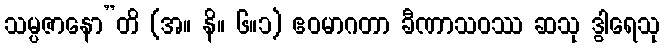
သမ္ပဇာနော”တိ (အ။ နိ။ ၆။၁) ဧဝမာဂတာ ခီဏာသဝဿ ဆသု ဒွါရေသု